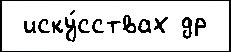
 иску́сствах др